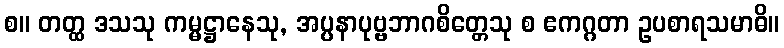
စ။ တတ္ထ ဒသသု ကမ္မဋ္ဌာနေသု, အပ္ပနာပုဗ္ဗဘာဂစိတ္တေသု စ ဧကဂ္ဂတာ ဥပစာရသမာဓိ။